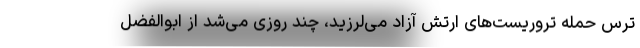
ترس حمله تروریست‌های ارتش آزاد می‌لرزید، چند روزی می‌شد از ابوالفضل